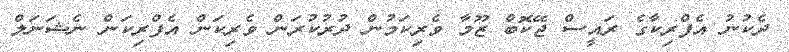
ދެކުނު އެފްރިކާގެ ރައީސް ޖޭކޮބް ޒޫމާ ވެރިކަމުން ދުރުކުރަން ވެރިކަން އެފްރިކަން ނެޝަނަލް